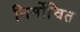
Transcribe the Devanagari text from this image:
निर्मोचित